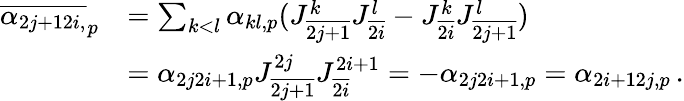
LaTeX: \begin{array}{rl}{\overline{{\alpha_{2j+12i,}}}_{p}}&{=\sum_{k<l}\alpha_{kl,p}(J_{\overline{{2j+1}}}^{k}J_{\overline{{2i}}}^{l}-J_{\overline{{2i}}}^{k}J_{\overline{{2j+1}}}^{l})}\\ &{=\alpha_{2j2i+1,p}J_{\overline{{2j+1}}}^{2j}J_{\overline{{2i}}}^{2i+1}=-\alpha_{2j2i+1,p}=\alpha_{2i+12j,p}\, .}\end{array}